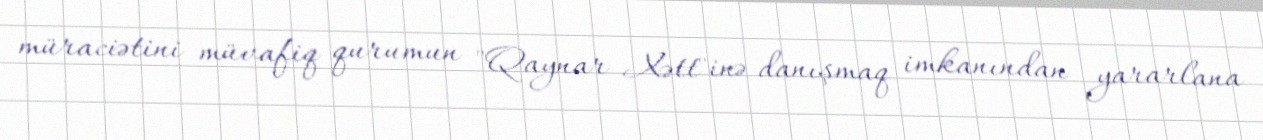
müraciətini müvafiq qurumun "Qaynar Xətt"inə danışmaq imkanından yararlana